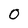
Character: 0